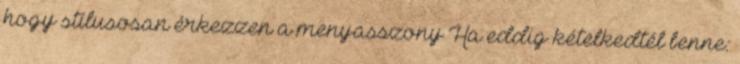
hogy stílusosan érkezzen a menyasszony Ha eddig kételkedtél benne: